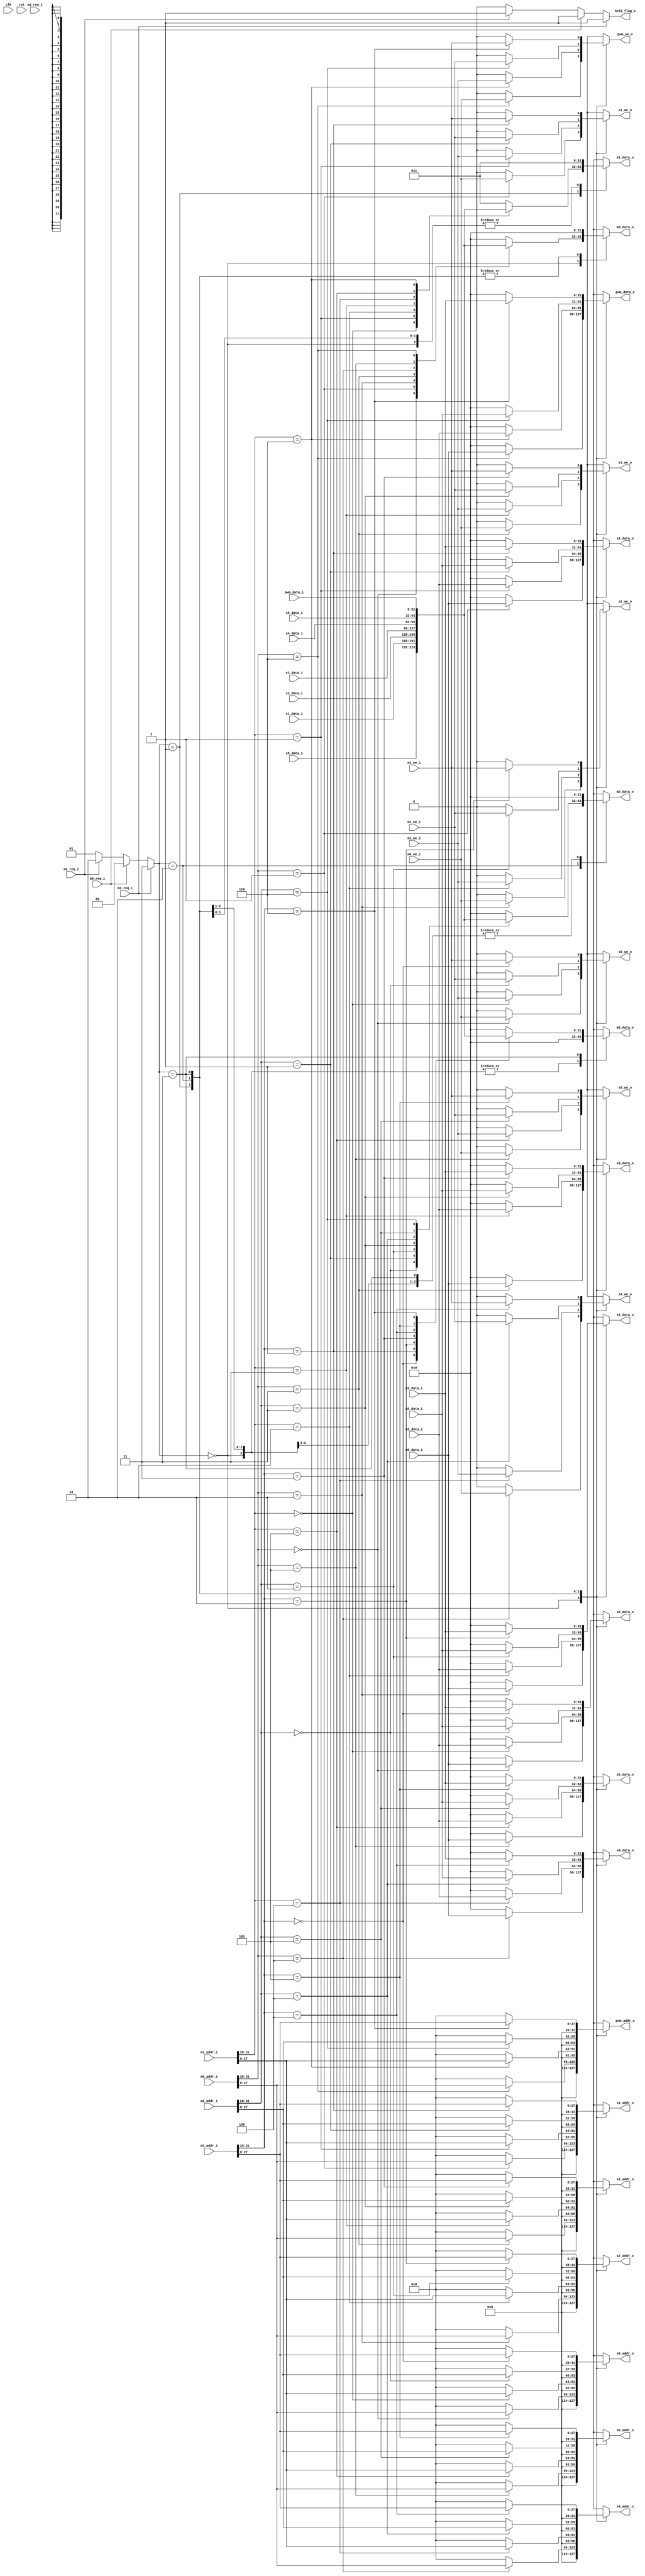
 /*                                                                      
	creatded by wangsijia 2021/10/14                                          
 */

//`include "defines.v"

`define CpuResetAddr 32'h0

`define RstEnable 1'b0
`define RstDisable 1'b1
`define ZeroWord 32'h0
`define ZeroReg 5'h0
`define WriteEnable 1'b1
`define WriteDisable 1'b0
`define ReadEnable 1'b1
`define ReadDisable 1'b0
`define True 1'b1
`define False 1'b0
`define ChipEnable 1'b1
`define ChipDisable 1'b0
`define JumpEnable 1'b1
`define JumpDisable 1'b0
`define DivResultNotReady 1'b0
`define DivResultReady 1'b1
`define DivStart 1'b1
`define DivStop 1'b0
`define HoldEnable 1'b1
`define HoldDisable 1'b0
`define Stop 1'b1
`define NoStop 1'b0
`define RIB_ACK 1'b1
`define RIB_NACK 1'b0
`define RIB_REQ 1'b1
`define RIB_NREQ 1'b0
`define INT_ASSERT 1'b1
`define INT_DEASSERT 1'b0

`define INT_BUS 7:0
`define INT_NONE 8'h0
`define INT_RET 8'hff
`define INT_TIMER0 8'b00000001
`define INT_TIMER0_ENTRY_ADDR 32'h4

`define Hold_Flag_Bus   2:0
`define Hold_None 3'b000
`define Hold_Pc   3'b001
`define Hold_If   3'b010
`define Hold_Id   3'b011

// I type inst
`define INST_TYPE_I 7'b0010011
`define INST_ADDI   3'b000
`define INST_SLTI   3'b010
`define INST_SLTIU  3'b011
`define INST_XORI   3'b100
`define INST_ORI    3'b110
`define INST_ANDI   3'b111
`define INST_SLLI   3'b001
`define INST_SRI    3'b101

// L type inst
`define INST_TYPE_L 7'b0000011
`define INST_LB     3'b000
`define INST_LH     3'b001
`define INST_LW     3'b010
`define INST_LBU    3'b100
`define INST_LHU    3'b101

// S type inst
`define INST_TYPE_S 7'b0100011
`define INST_SB     3'b000
`define INST_SH     3'b001
`define INST_SW     3'b010

// R and M type inst
`define INST_TYPE_R_M 7'b0110011
// R type inst
`define INST_ADD_SUB 3'b000
`define INST_SLL    3'b001
`define INST_SLT    3'b010
`define INST_SLTU   3'b011
`define INST_XOR    3'b100
`define INST_SR     3'b101
`define INST_OR     3'b110
`define INST_AND    3'b111
// M type inst
`define INST_MUL    3'b000
`define INST_MULH   3'b001
`define INST_MULHSU 3'b010
`define INST_MULHU  3'b011
`define INST_DIV    3'b100
`define INST_DIVU   3'b101
`define INST_REM    3'b110
`define INST_REMU   3'b111

// J type inst
`define INST_JAL    7'b1101111
`define INST_JALR   7'b1100111

`define INST_LUI    7'b0110111
`define INST_AUIPC  7'b0010111
`define INST_NOP    32'h00000001
`define INST_NOP_OP 7'b0000001
`define INST_MRET   32'h30200073
`define INST_RET    32'h00008067

`define INST_FENCE  7'b0001111
`define INST_ECALL  32'h73
`define INST_EBREAK 32'h00100073

// J type inst
`define INST_TYPE_B 7'b1100011
`define INST_BEQ    3'b000
`define INST_BNE    3'b001
`define INST_BLT    3'b100
`define INST_BGE    3'b101
`define INST_BLTU   3'b110
`define INST_BGEU   3'b111

// CSR inst
`define INST_CSR    7'b1110011
`define INST_CSRRW  3'b001
`define INST_CSRRS  3'b010
`define INST_CSRRC  3'b011
`define INST_CSRRWI 3'b101
`define INST_CSRRSI 3'b110
`define INST_CSRRCI 3'b111

// CSR reg addr
`define CSR_CYCLE   12'hc00
`define CSR_CYCLEH  12'hc80
`define CSR_MTVEC   12'h305
`define CSR_MCAUSE  12'h342
`define CSR_MEPC    12'h341
`define CSR_MIE     12'h304
`define CSR_MSTATUS 12'h300
`define CSR_MSCRATCH 12'h340

`define RomNum 4096  // rom depth(how many words)

`define MemNum 4096  // memory depth(how many words)
`define MemBus 31:0
`define MemAddrBus 31:0

`define InstBus 31:0
`define InstAddrBus 31:0

// common regs
`define RegAddrBus 4:0
`define RegBus 31:0
`define DoubleRegBus 63:0
`define RegWidth 32
`define RegNum 32        // reg num
`define RegNumLog2 5
// RIB
module rib(

    input wire clk,
    input wire rst,
	//_i _out
    // master 0 interface
    input wire[`MemAddrBus] m0_addr_i,     // 0
    input wire[`MemBus] m0_data_i,         // 0
    output reg[`MemBus] m0_data_o,         // 0
    input wire m0_req_i,                   // 0
    input wire m0_we_i,                    // 0

    // master 1 interface
    input wire[`MemAddrBus] m1_addr_i,     // 1
    input wire[`MemBus] m1_data_i,         // 1
    output reg[`MemBus] m1_data_o,         // 1
    input wire m1_req_i,                   // 1
    input wire m1_we_i,                    // 1

    // master 2 interface
    input wire[`MemAddrBus] m2_addr_i,     // 2
    input wire[`MemBus] m2_data_i,         // 2
    output reg[`MemBus] m2_data_o,         // 2
    input wire m2_req_i,                   // 2
    input wire m2_we_i,                    // 2

    // master 3 interface
    input wire[`MemAddrBus] m3_addr_i,     // 3
    input wire[`MemBus] m3_data_i,         // 3
    output reg[`MemBus] m3_data_o,         // 3
    input wire m3_req_i,                   // 3
    input wire m3_we_i,                    // 3

    // slave 0 interface
    output reg[`MemAddrBus] s0_addr_o,     // 0
    output reg[`MemBus] s0_data_o,         // 0
    input wire[`MemBus] s0_data_i,         // 0
    output reg s0_we_o,                    // 0

    // slave 1 interface
    output reg[`MemAddrBus] s1_addr_o,     // 1
    output reg[`MemBus] s1_data_o,         // 1
    input wire[`MemBus] s1_data_i,         // 1
    output reg s1_we_o,                    // 1

    // slave 2 interface
    output reg[`MemAddrBus] s2_addr_o,     // 2
    output reg[`MemBus] s2_data_o,         // 2
    input wire[`MemBus] s2_data_i,         // 2
    output reg s2_we_o,                    // 2

    // slave 3 interface
    output reg[`MemAddrBus] s3_addr_o,     // 3
    output reg[`MemBus] s3_data_o,         // 3
    input wire[`MemBus] s3_data_i,         // 3
    output reg s3_we_o,                    // 3

    // slave 4 interface
    output reg[`MemAddrBus] s4_addr_o,     // 4
    output reg[`MemBus] s4_data_o,         // 4
    input wire[`MemBus] s4_data_i,         // 4
    output reg s4_we_o,                    // 4

    // slave 5 interface
    output reg[`MemAddrBus] s5_addr_o,     // 5
    output reg[`MemBus] s5_data_o,         // 5
    input wire[`MemBus] s5_data_i,         // 5
    output reg s5_we_o,                    // 5
	
	// pwm interface
    output reg[`MemAddrBus] pwm_addr_o,     // pwm 
    output reg[`MemBus] pwm_data_o,         // pwm
    input wire[`MemBus] pwm_data_i,         // pwm
    output reg pwm_we_o, 					// pwm

    output reg hold_flag_o                 // 

    );


    // 4
    // 16
    parameter [3:0]slave_0 = 4'b0000;  //rom
    parameter [3:0]slave_1 = 4'b0001;  //ram
    parameter [3:0]slave_2 = 4'b0010;  //timer
    parameter [3:0]slave_3 = 4'b0011;  //uart
    parameter [3:0]slave_4 = 4'b0100;  //GPIO
    parameter [3:0]slave_5 = 4'b0101;  //spi
	//pwm
	parameter [3:0]pwm     = 4'b0110;  //pwm

    parameter [1:0]grant0 = 2'h0;
    parameter [1:0]grant1 = 2'h1;
    parameter [1:0]grant2 = 2'h2;
    parameter [1:0]grant3 = 2'h3;

    wire[3:0] req;
    reg[1:0] grant;


    // 
    assign req = {m3_req_i, m2_req_i, m1_req_i, m0_req_i};

    // 
    // 
    // 3021
    always @ (*) begin
        if (req[3]) begin
            grant = grant3;
            hold_flag_o = `HoldEnable;
        end else if (req[0]) begin
            grant = grant0;
            hold_flag_o = `HoldEnable;
        end else if (req[2]) begin
            grant = grant2;
            hold_flag_o = `HoldEnable;
        end else begin
            grant = grant1;
            hold_flag_o = `HoldDisable;
        end
    end

    // ()
    always @ (*) begin
        m0_data_o = `ZeroWord;
        m1_data_o = `INST_NOP;
        m2_data_o = `ZeroWord;
        m3_data_o = `ZeroWord;
		
		//
        s0_addr_o = `ZeroWord;
        s1_addr_o = `ZeroWord;
        s2_addr_o = `ZeroWord;
        s3_addr_o = `ZeroWord;
        s4_addr_o = `ZeroWord;
        s5_addr_o = `ZeroWord;
		pwm_addr_o = `ZeroWord;
		
		//
        s0_data_o = `ZeroWord;
        s1_data_o = `ZeroWord;
        s2_data_o = `ZeroWord;
        s3_data_o = `ZeroWord;
        s4_data_o = `ZeroWord;
        s5_data_o = `ZeroWord;
		pwm_data_o = `ZeroWord;
		
		//
        s0_we_o = `WriteDisable;
        s1_we_o = `WriteDisable;
        s2_we_o = `WriteDisable;
        s3_we_o = `WriteDisable;
        s4_we_o = `WriteDisable;
        s5_we_o = `WriteDisable;
		pwm_we_o = `WriteDisable;

        case (grant)
            grant0: begin
                case (m0_addr_i[31:28])
                    slave_0: begin
                        s0_we_o = m0_we_i;
                        s0_addr_o = {{4'h0}, {m0_addr_i[27:0]}};
                        s0_data_o = m0_data_i;
                        m0_data_o = s0_data_i;
                    end
                    slave_1: begin
                        s1_we_o = m0_we_i;
                        s1_addr_o = {{4'h0}, {m0_addr_i[27:0]}};
                        s1_data_o = m0_data_i;
                        m0_data_o = s1_data_i;
                    end
                    slave_2: begin
                        s2_we_o = m0_we_i;
                        s2_addr_o = {{4'h0}, {m0_addr_i[27:0]}};
                        s2_data_o = m0_data_i;
                        m0_data_o = s2_data_i;
                    end
                    slave_3: begin
                        s3_we_o = m0_we_i;
                        s3_addr_o = {{4'h0}, {m0_addr_i[27:0]}};
                        s3_data_o = m0_data_i;
                        m0_data_o = s3_data_i;
                    end
                    slave_4: begin
                        s4_we_o = m0_we_i;
                        s4_addr_o = {{4'h0}, {m0_addr_i[27:0]}};
                        s4_data_o = m0_data_i;
                        m0_data_o = s4_data_i;
                    end
                    slave_5: begin
                        s5_we_o = m0_we_i;
                        s5_addr_o = {{4'h0}, {m0_addr_i[27:0]}};
                        s5_data_o = m0_data_i;
                        m0_data_o = s5_data_i;
                    end
					pwm    : begin
                        pwm_we_o = m0_we_i;
                        pwm_addr_o = {{4'h0}, {m0_addr_i[27:0]}};
                        pwm_data_o = m0_data_i;
                        m0_data_o = pwm_data_i;
                    end
                    default: begin

                    end
                endcase
            end
            grant1: begin
                case (m1_addr_i[31:28])
                    slave_0: begin
                        s0_we_o = m1_we_i;
                        s0_addr_o = {{4'h0}, {m1_addr_i[27:0]}};
                        s0_data_o = m1_data_i;
                        m1_data_o = s0_data_i;
                    end
                    slave_1: begin
                        s1_we_o = m1_we_i;
                        s1_addr_o = {{4'h0}, {m1_addr_i[27:0]}};
                        s1_data_o = m1_data_i;
                        m1_data_o = s1_data_i;
                    end
                    slave_2: begin
                        s2_we_o = m1_we_i;
                        s2_addr_o = {{4'h0}, {m1_addr_i[27:0]}};
                        s2_data_o = m1_data_i;
                        m1_data_o = s2_data_i;
                    end
                    slave_3: begin
                        s3_we_o = m1_we_i;
                        s3_addr_o = {{4'h0}, {m1_addr_i[27:0]}};
                        s3_data_o = m1_data_i;
                        m1_data_o = s3_data_i;
                    end
                    slave_4: begin
                        s4_we_o = m1_we_i;
                        s4_addr_o = {{4'h0}, {m1_addr_i[27:0]}};
                        s4_data_o = m1_data_i;
                        m1_data_o = s4_data_i;
                    end
                    slave_5: begin
                        s5_we_o = m1_we_i;
                        s5_addr_o = {{4'h0}, {m1_addr_i[27:0]}};
                        s5_data_o = m1_data_i;
                        m1_data_o = s5_data_i;
                    end
					pwm    : begin
                        pwm_we_o = m1_we_i;
                        pwm_addr_o = {{4'h0}, {m1_addr_i[27:0]}};
                        pwm_data_o = m1_data_i;
                        m1_data_o = pwm_data_i;
                    end
                    default: begin

                    end
                endcase
            end
            grant2: begin
                case (m2_addr_i[31:28])
                    slave_0: begin
                        s0_we_o = m2_we_i;
                        s0_addr_o = {{4'h0}, {m2_addr_i[27:0]}};
                        s0_data_o = m2_data_i;
                        m2_data_o = s0_data_i;
                    end
                    slave_1: begin
                        s1_we_o = m2_we_i;
                        s1_addr_o = {{4'h0}, {m2_addr_i[27:0]}};
                        s1_data_o = m2_data_i;
                        m2_data_o = s1_data_i;
                    end
                    slave_2: begin
                        s2_we_o = m2_we_i;
                        s2_addr_o = {{4'h0}, {m2_addr_i[27:0]}};
                        s2_data_o = m2_data_i;
                        m2_data_o = s2_data_i;
                    end
                    slave_3: begin
                        s3_we_o = m2_we_i;
                        s3_addr_o = {{4'h0}, {m2_addr_i[27:0]}};
                        s3_data_o = m2_data_i;
                        m2_data_o = s3_data_i;
                    end
                    slave_4: begin
                        s4_we_o = m2_we_i;
                        s4_addr_o = {{4'h0}, {m2_addr_i[27:0]}};
                        s4_data_o = m2_data_i;
                        m2_data_o = s4_data_i;
                    end
                    slave_5: begin
                        s5_we_o = m2_we_i;
                        s5_addr_o = {{4'h0}, {m2_addr_i[27:0]}};
                        s5_data_o = m2_data_i;
                        m2_data_o = s5_data_i;
                    end
					pwm    : begin
                        pwm_we_o = m2_we_i;
                        pwm_addr_o = {{4'h0}, {m2_addr_i[27:0]}};
                        pwm_data_o = m2_data_i;
                        m2_data_o = pwm_data_i;
                    end
                    default: begin

                    end
                endcase
            end
            grant3: begin
                case (m3_addr_i[31:28])
                    slave_0: begin
                        s0_we_o = m3_we_i;
                        s0_addr_o = {{4'h0}, {m3_addr_i[27:0]}};
                        s0_data_o = m3_data_i;
                        m3_data_o = s0_data_i;
                    end
                    slave_1: begin
                        s1_we_o = m3_we_i;
                        s1_addr_o = {{4'h0}, {m3_addr_i[27:0]}};
                        s1_data_o = m3_data_i;
                        m3_data_o = s1_data_i;
                    end
                    slave_2: begin
                        s2_we_o = m3_we_i;
                        s2_addr_o = {{4'h0}, {m3_addr_i[27:0]}};
                        s2_data_o = m3_data_i;
                        m3_data_o = s2_data_i;
                    end
                    slave_3: begin
                        s3_we_o = m3_we_i;
                        s3_addr_o = {{4'h0}, {m3_addr_i[27:0]}};
                        s3_data_o = m3_data_i;
                        m3_data_o = s3_data_i;
                    end
                    slave_4: begin
                        s4_we_o = m3_we_i;
                        s4_addr_o = {{4'h0}, {m3_addr_i[27:0]}};
                        s4_data_o = m3_data_i;
                        m3_data_o = s4_data_i;
                    end
                    slave_5: begin
                        s5_we_o = m3_we_i;
                        s5_addr_o = {{4'h0}, {m3_addr_i[27:0]}};
                        s5_data_o = m3_data_i;
                        m3_data_o = s5_data_i;
                    end
					pwm    : begin
                        pwm_we_o = m3_we_i;
                        pwm_addr_o = {{4'h0}, {m3_addr_i[27:0]}};
                        pwm_data_o = m3_data_i;
                        m3_data_o = pwm_data_i;
                    end
                    default: begin

                    end
                endcase
            end
            default: begin

            end
        endcase
    end

endmodule